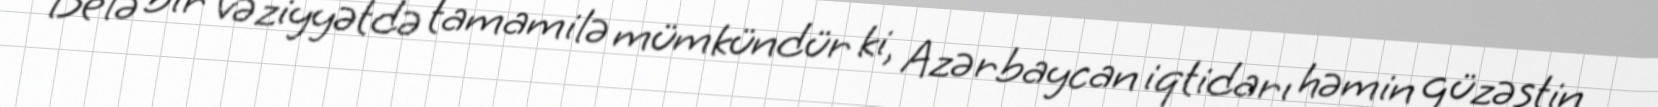
Belə bir vəziyyətdə tamamilə mümkündür ki, Azərbaycan iqtidarı həmin güzəştin